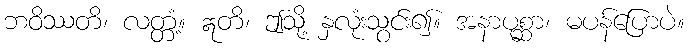
ဘဝိဿတိ၊ လတ္တံ့။ ဣတိ၊ ဤသို့ နှလုံးသွင်း၍။ အနာပုစ္ဆာ၊ မပန်ပြောပဲ။